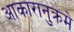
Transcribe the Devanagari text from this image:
आकारानुक्रमे